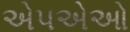
એપએઓ